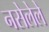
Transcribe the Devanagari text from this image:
नसेलेले